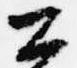
公